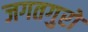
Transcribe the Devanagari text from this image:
जगतगुरो